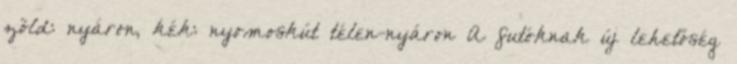
zöld: nyáron, kék: nyomoskút télen-nyáron A futóknak új lehetőség